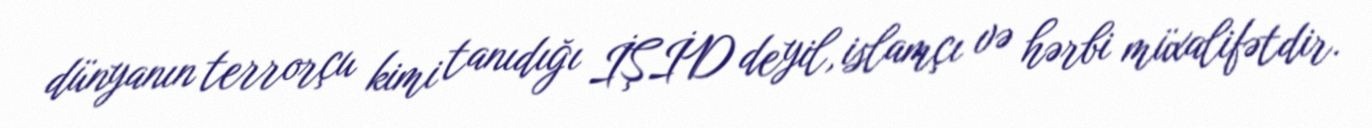
dünyanın terrorçu kimi tanıdığı İŞİD deyil, islamçı və hərbi müxalifətdir.